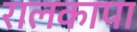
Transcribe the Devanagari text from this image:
रालकापा